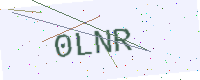
Text: 0LNR